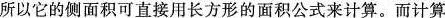
所以它的侧面积可直接用长方形的面积公式来计算。而计算